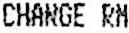
CHANGE RM